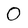
Character: O